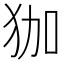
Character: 㹢